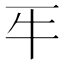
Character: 𤘔